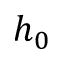
h _ { 0 }